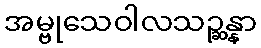
အမ္ဗုသေဝါလသဉ္ဆန္နာ